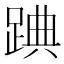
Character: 䠄